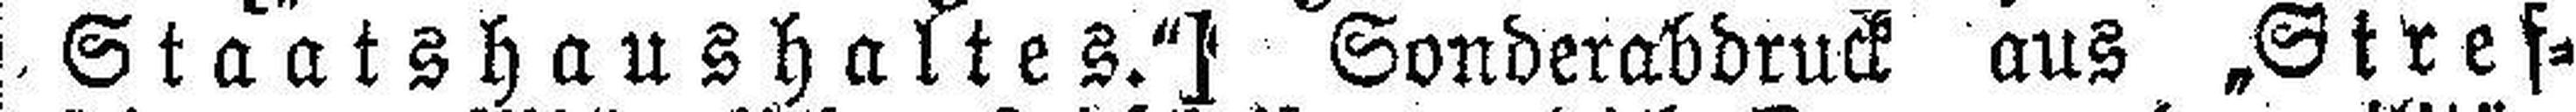
Staatshaushaltes."] Sonderabdruck aus „Stref¬